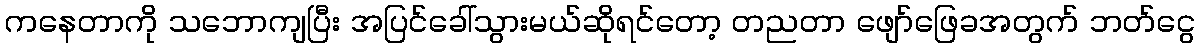
ကနေတာကို သဘောကျပြီး အပြင်ခေါ်သွားမယ်ဆိုရင်တော့ တညတာ ဖျော်ဖြေခအတွက် ဘတ်ငွေ